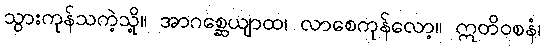
သွားကုန်သကဲ့သို့။ အာဂစ္ဆေယျာထ၊ လာစေကုန်လော့။ ဣတိဝစနံ၊